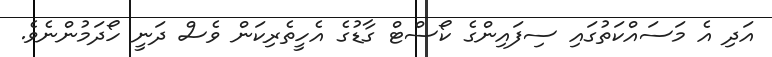
އަދި އެ މަސައްކަތުގައި ސިފައިންގެ ކޯސްޓް ގާޑުގެ އެހީތެރިކަން ވެސް ދަނީ ހޯދަމުންނެވެ.